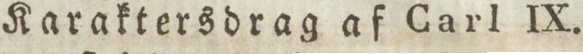
Karaktersdrag af Carl IX.